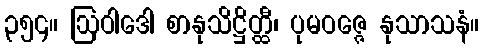
၃၅၄။ ဩဝါဒေါ စာနုသိဋ္ဌိတ္ထီ၊ ပုမဝဇ္ဇေ နုသာသနံ။